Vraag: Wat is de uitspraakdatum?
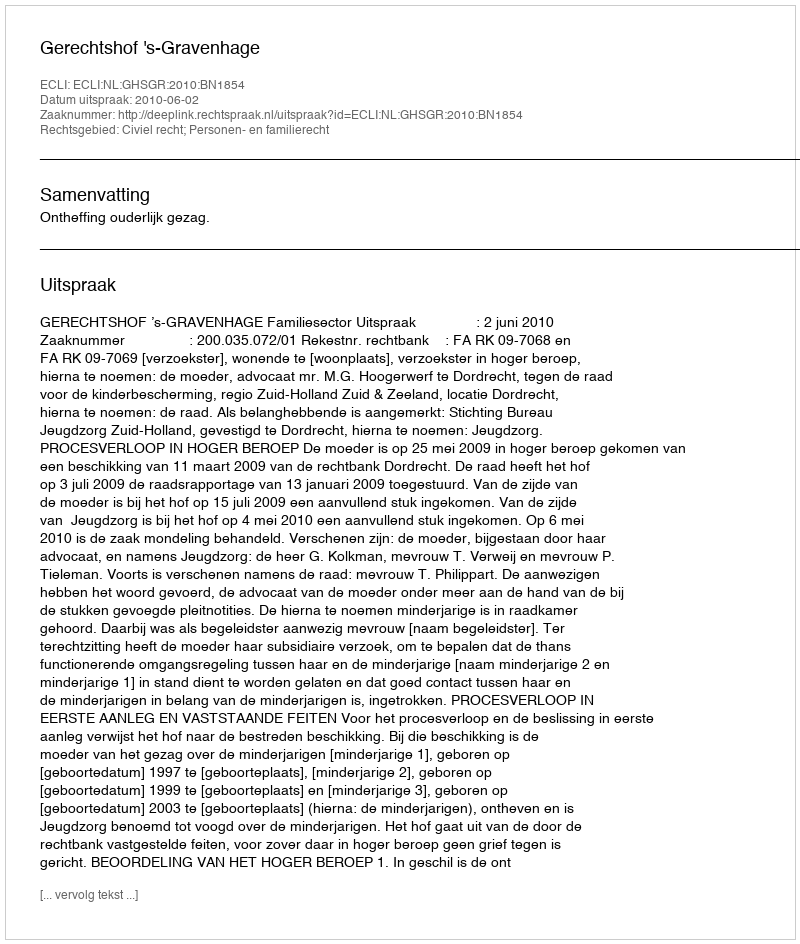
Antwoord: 2010-06-02